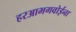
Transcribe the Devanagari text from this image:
हरआभगवोईना